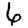
Digit: 6